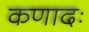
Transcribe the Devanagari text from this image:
कणादः